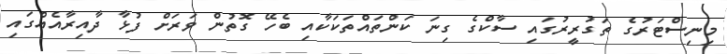
މިނިސްޓަރުގެ ތަގުރީރުގައި ސާކްގެ ގިނަ ކަންތައްތަކަކާއި ބެހޭ ގޮތުން ވަރަށް ފުޅާ ދާއިރާއެއްގައި